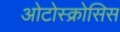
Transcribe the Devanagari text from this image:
ओटोस्क्रोसिस